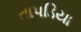
તાપડિયા